Rangoon Lunatic Asylum 1878-1892 - 1878-1892
Year: 1878
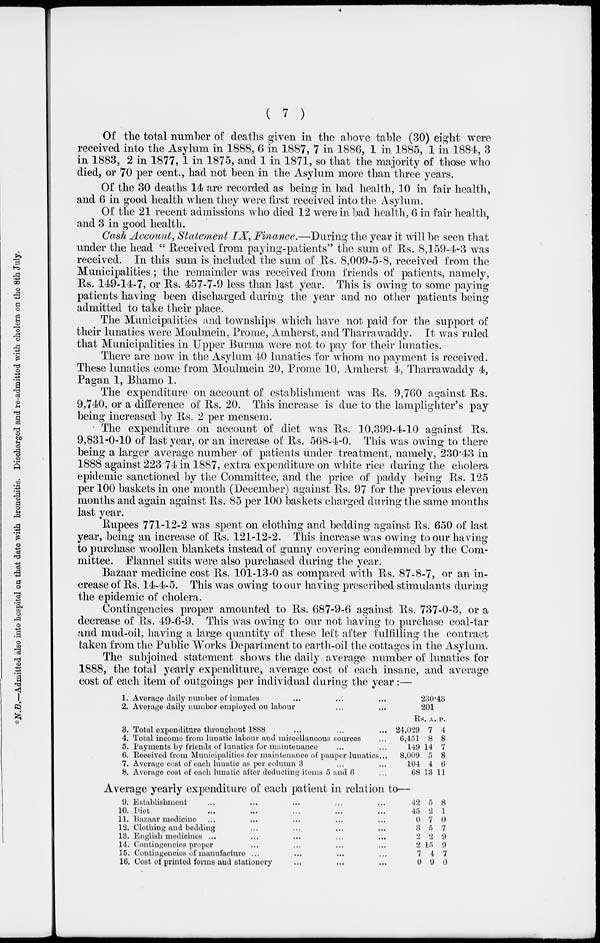
( 7 )
Of the total number of deaths given in the above table (30) eight were
received into the Asylum in 1888, 6 in 1887, 7 in 1886, 1 in 1885, 1 in 1884, 3
in 1883, 2 in 1877, 1 in 1875, and 1 in 1871, so that the majority of those who
died, or 70 per cent., had not been in the Asylum more than three years.
Of the 30 deaths 14 are recorded as being in bad health, 10 in fair health,
and 6 in good health when they were first received into the Asylum.
Of the 21 recent admissions who died 12 were in bad health, 6 in fair health,
and 3 in good health.
Cash Account, Statement IX, Finance.—During the year it will be seen that
under the head " Received from paying-patients" the sum of Rs. 8,159-4-3 was
received. In this sum is included the sum of Rs. 8,009-5-8, received from the
Municipalities; the remainder was received from friends of patients, namely,
Rs. 149-14-7, or Rs. 457-7-9 less than last year. This is owing to some paying
patients having been discharged during the year and no other patients being
admitted to take their place.
The Municipalities and townships which have not paid for the support of
their lunatics were Moulmein, Prome, Amherst, and Tharrawaddy. It was ruled
that Municipalities in Upper Burma were not to pay for their lunatics.
There are now in the Asylum 40 lunatics for whom no payment is received.
These lunatics come from Moulmein 20, Prome 10, Amherst 4, Tharrawaddy 4,
Pagan 1, Bhamo 1.
The expenditure on account of establishment was Rs. 9,760 against Rs.
9,740, or a difference of Rs. 20. This increase is due to the lamplighter's pay
being increased by Rs. 2 per mensem.
The expenditure on account of diet was Rs. 10,399-4-10 against Rs.
9,831-0-10 of last year, or an increase of Rs. 568-4-0. This was owing to there
being a larger average number of patients under treatment, namely, 230.43 in
1888 against 223.74 in 1887, extra expenditure on white rice during the cholera
epidemic sanctioned by the Committee, and the price of paddy being Rs. 125
per 100 baskets in one month (December) against Rs. 97 for the previous eleven
months and again against Rs. 85 per 100 baskets charged during the same months
last year.
Rupees 771-12-2 was spent on clothing and bedding against Rs. 650 of last
year, being an increase of Rs. 121-12-2. This increase was owing to our having
to purchase woollen blankets instead of gunny covering condemned by the Com-
mittee. Flannel suits were also purchased during the year.
Bazaar medicine cost Rs. 101-13-0 as compared with Rs. 87-8-7, or an in-
crease of Rs. 14-4-5. This was owing to our having prescribed stimulants during
the epidemic of cholera.
Contingencies proper amounted to Rs. 687-9-6 against Rs. 737-0-3, or a
decrease of Rs. 49-6-9. This was owing to our not having to purchase coal-tar
and mud-oil, having a large quantity of these left after fulfilling the contract
taken from the Public Works Department to earth-oil the cottages in the Asylum.
The subjoined statement shows the daily average number of lunatics for
1888, the total yearly expenditure, average cost of each insane, and average
cost of each item of outgoings per individual during the year :—
1.
2.
3.
4.
5.
6.
7.
8.
Average daily number of inmates ... ... ...
Average daily number employed on labour ... ... ...
Total expenditure throughout 1888 ... ... ...
Total income from lunatic labour and miscellaneous sources ...
Payments by friends of lunatics for maintenance ... ...
Received from Municipalities for maintenance of pauper lunatics ...
Average cost of each lunatic as per column 3 ... ...
Average cost of each lunatic after deducting items 5 and 6 ...
230.43
201
Rs.
24,029
6,451
149
8,009
104
68
A.
7
8
14
5
4
13
P.
4
8
7
8
6
11
Average yearly expenditure of each patient in relation to—
9.
10.
11.
12.
13.
14.
15.
16.
Establishment ... ... ... ... ...
Diet ... ... ... ... ...
Bazaar medicine ... ... ... ... ...
Clothing and bedding ... ... ... ...
English medicines ... ... ... ... ...
Contingencies proper ... ... ... ...
Contingencies of manufacture ... ... ... ...
Cost of printed forms and stationery ... ... ...
42
45
0
3
2
2
7
0
5
2
7
5
2
15
4
9
8
1
0
7
9
9
7
0